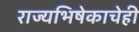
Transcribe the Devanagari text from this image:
राज्यभिषेकाचेही